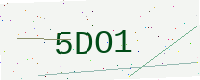
Text: 5DO1